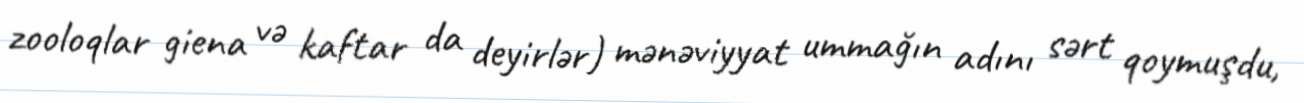
zooloqlar giena və kaftar da deyirlər) mənəviyyat ummağın adını sərt qoymuşdu,